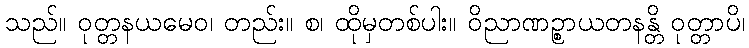
သည်။ ဝုတ္တနယမေဝ၊ တည်း။ စ၊ ထိုမှတစ်ပါး။ ဝိညာဏဉ္စာယတနန္တိ ဝုတ္တာပိ၊